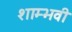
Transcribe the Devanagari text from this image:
शाम्भवी